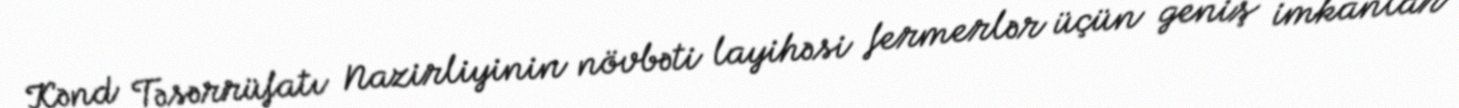
Kənd Təsərrüfatı Nazirliyinin növbəti layihəsi fermerlər üçün geniş imkanlar